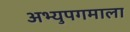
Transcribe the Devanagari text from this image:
अभ्युपगमाला